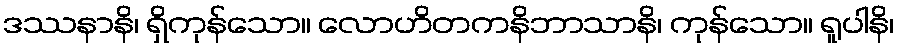
ဒဿနာနိ၊ ရှိကုန်သော။ လောဟိတကနိဘာသာနိ၊ ကုန်သော။ ရူပါနိ၊